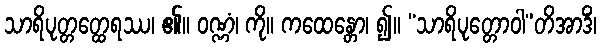
သာရိပုတ္တတ္ထေရဿ၊ ၏။ ဝဏ္ဏံ၊ ကို။ ကထေန္တော၊ ၍။ “သာရိပုတ္တောဝါ”တိအာဒိံ၊